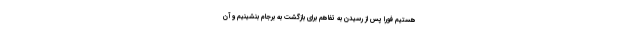
هستیم فوراً پس از رسیدن به تفاهم برای بازگشت به برجام بنشینیم و آن